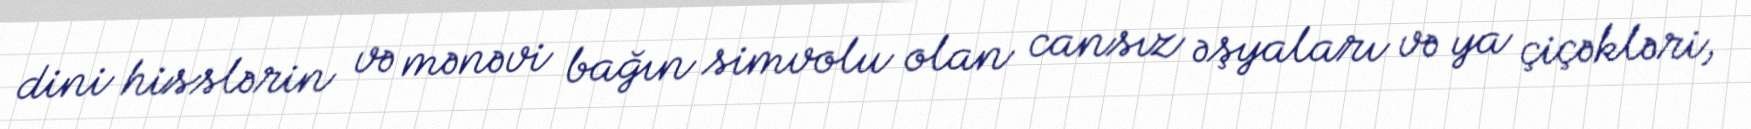
dini hisslərin və mənəvi bağın simvolu olan cansız əşyaları və ya çiçəkləri,